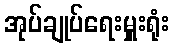
အုပ်ချုပ်ရေးမှူးရုံး